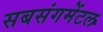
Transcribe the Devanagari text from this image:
सबसंगमेंटल